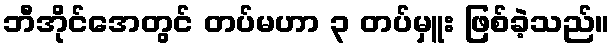
ဘီအိုင်အေတွင် တပ်မဟာ ၃ တပ်မှူး ဖြစ်ခဲ့သည်။